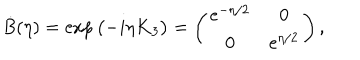
LaTeX: \dot { B } ( \eta ) = \exp { \left( - i \eta \dot { K } _ { 3 } \right) } = \left( \begin{matrix} { { e ^ { - \eta / 2 } } } & { { 0 } } \\ { { 0 } } & { { e ^ { \eta / 2 } } } \\ \end{matrix} \right) ,